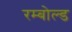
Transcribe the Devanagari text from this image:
रम्बोल्ड